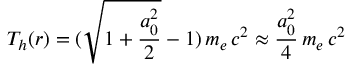
T _ { h } ( r ) = ( \sqrt { 1 + \frac { a _ { 0 } ^ { 2 } } { 2 } } - 1 ) \, m _ { e } \, c ^ { 2 } \approx \frac { a _ { 0 } ^ { 2 } } { 4 } \, m _ { e } \, c ^ { 2 }